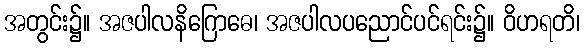
အတွင်း၌။ အဇပါလနိဂြောဓေ၊ အဇပါလပညောင်ပင်ရင်း၌။ ဝိဟရတိ၊